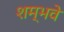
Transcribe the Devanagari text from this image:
शम्भवे